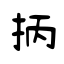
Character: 抦